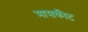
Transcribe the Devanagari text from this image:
मासकीट